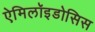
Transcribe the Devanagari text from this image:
ऐमिलॉइडोसिस